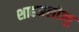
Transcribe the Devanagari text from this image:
शाहअलोज्यु